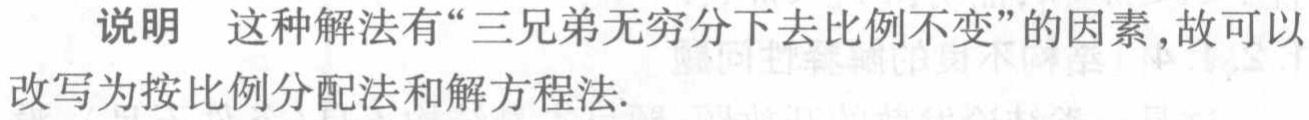
说明 这种解法有“三兄弟无穷分下去比例不变”的因素,故可以改写为按比例分配法和解方程法.